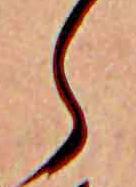
ら